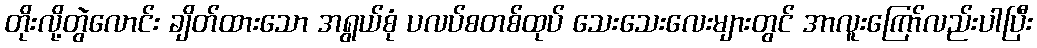
တိုးလို့တွဲလောင်း ချိတ်ထားသော အရွယ်စုံ ပလပ်စတစ်ထုပ် သေးသေးလေးများတွင် အာလူးကြော်လည်းပါပြီး